Language: tamil
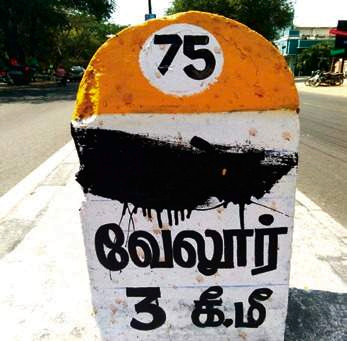
Transcription: வேலூர்